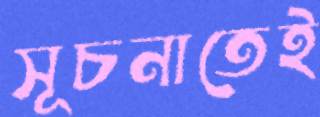
সূচনাতেই